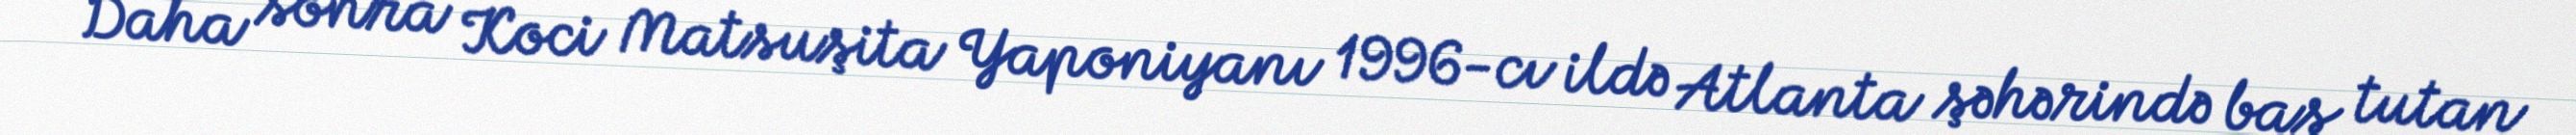
Daha sonra Koci Matsuşita Yaponiyanı 1996-cı ildə Atlanta şəhərində baş tutan